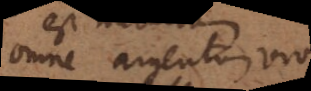
Omne argentum vivum